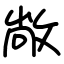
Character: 敞